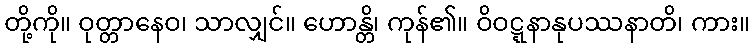
တို့ကို။ ဝုတ္တာနေဝ၊ သာလျှင်။ ဟောန္တိ၊ ကုန်၏။ ဝိဝဋ္ဋနာနုပဿနာတိ၊ ကား။